Report of an investigation into the causes of malaria in Bombay and the measures necessary for its control
Disease focus: Malaria
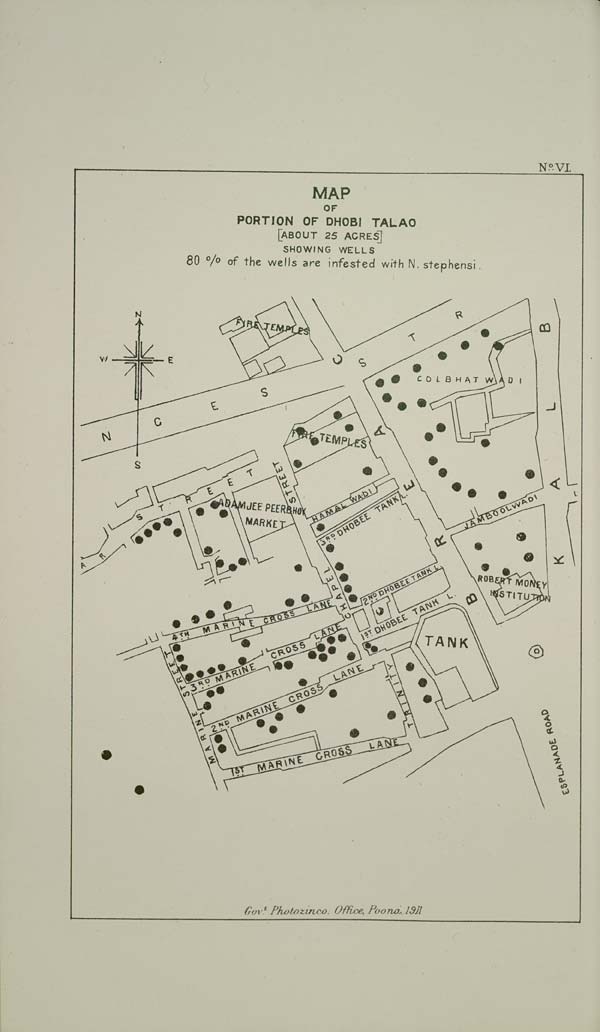
No: VI